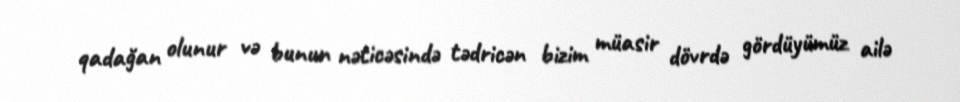
qadağan olunur və bunun nəticəsində tədricən bizim müasir dövrdə gördüyümüz ailə